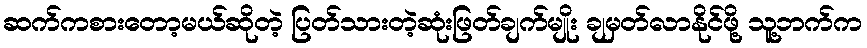
ဆက်ကစားတော့မယ်ဆိုတဲ့ ပြတ်သားတဲ့ဆုံးဖြတ်ချက်မျိုး ချမှတ်လာနိုင်ဖို့ သူ့ဘက်က